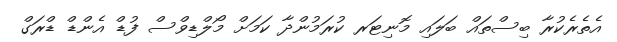
އެތެރެކުރާ ބިސްތައް ބަލައި މޮނިޓަރ ކުރަމުންދާ ކަމަށް މޯލްޑިވްސް ފުޑް އެންޑް ޑްރަގް